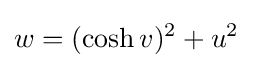
w=(\cosh v)^{2}+u^{2}